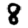
Digit: 8